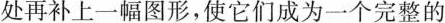
处再补上一幅图形，使它们成为一个完整的